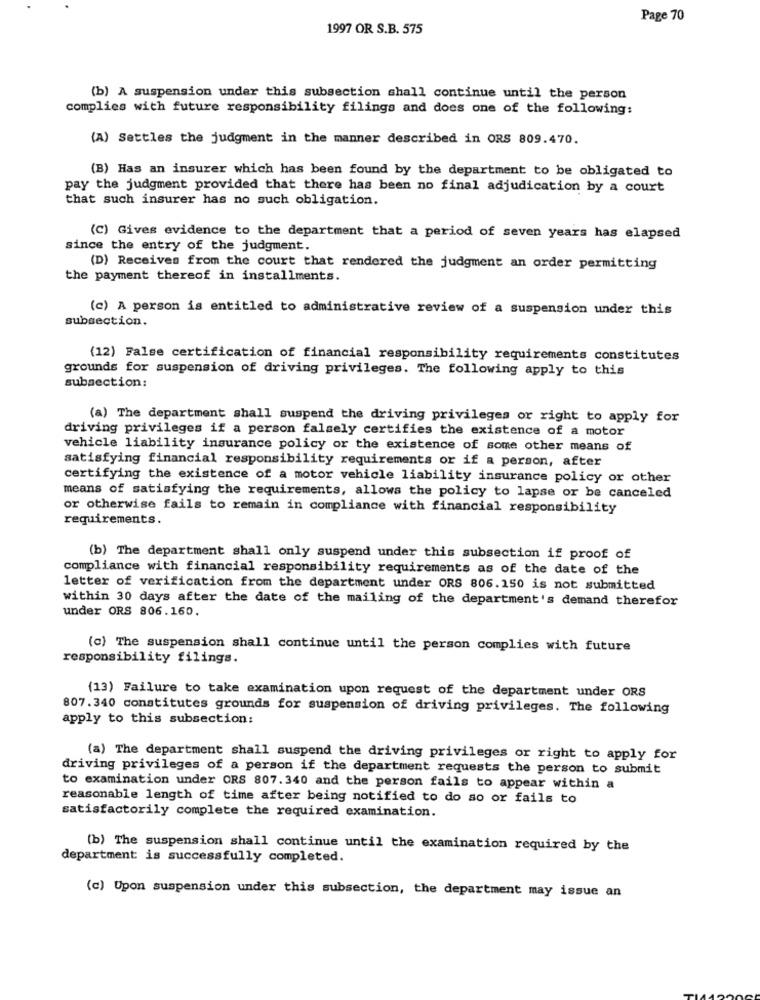
Page 70
1997 OR S.B. 575
(b) A suspension under this subsection shall continue until the person
complies with future responsibility filings and does one of the following:
(A) Settles the judgment in the manner described in ORS 809.470.
(B) Has an insurer which has been found by the department to be obligated to
pay the judgment provided that there has been no final adjudication by a court
that such insurer has no such obligation.
(C) Gives evidence to the department that a period of seven years has elapsed
since the entry of the judgment.
(D) Receives from the court that rendered the judgment an order permitting
the payment thereof in installments.
(c) A person is entitled to administrative review of a suspension under this
subsection.
(12) False certification of financial responsibility requirements constitutes
grounds for suspension of driving privileges. The following apply to this
subsection:
(a) The department shall suspend the driving privileges or right to apply for
driving privileges if a person falsely certifies the existence of a motor
vehicle liability insurance policy or the existence of some other means of
satisfying financial responsibility requirements or if a person, after
certifying the existence of a motor vehicle liability insurance policy or other
means of satisfying the requirements, allows the policy to lapse or be canceled
or otherwise fails to remain in compliance with financial responsibility
requirements.
(b) The department shall only suspend under this subsection if proof of
compliance with financial responsibility requirements as of the date of the
letter of verification from the department under ORS 806.150 is not submitted
within 30 days after the date of the mailing of the department's demand therefor
under ORS 806.160.
(c) The suspension shall continue until the person complies with future
responsibility filings.
(13) Failure to take examination upon request of the department under ORS
807.340 constitutes grounds for suspension of driving privileges. The following
apply to this subsection:
(a) The department shall suspend the driving privileges or right to apply for
driving privileges of a person if the department requests the person to submit
to examination under ORS 807.340 and the person fails to appear within a
reasonable length of time after being notified to do so or fails to
satisfactorily complete the required examination.
(b) The suspension shall continue until the examination required by the
department is successfully completed.
(c) Upon suspension under this subsection, the department may issue an